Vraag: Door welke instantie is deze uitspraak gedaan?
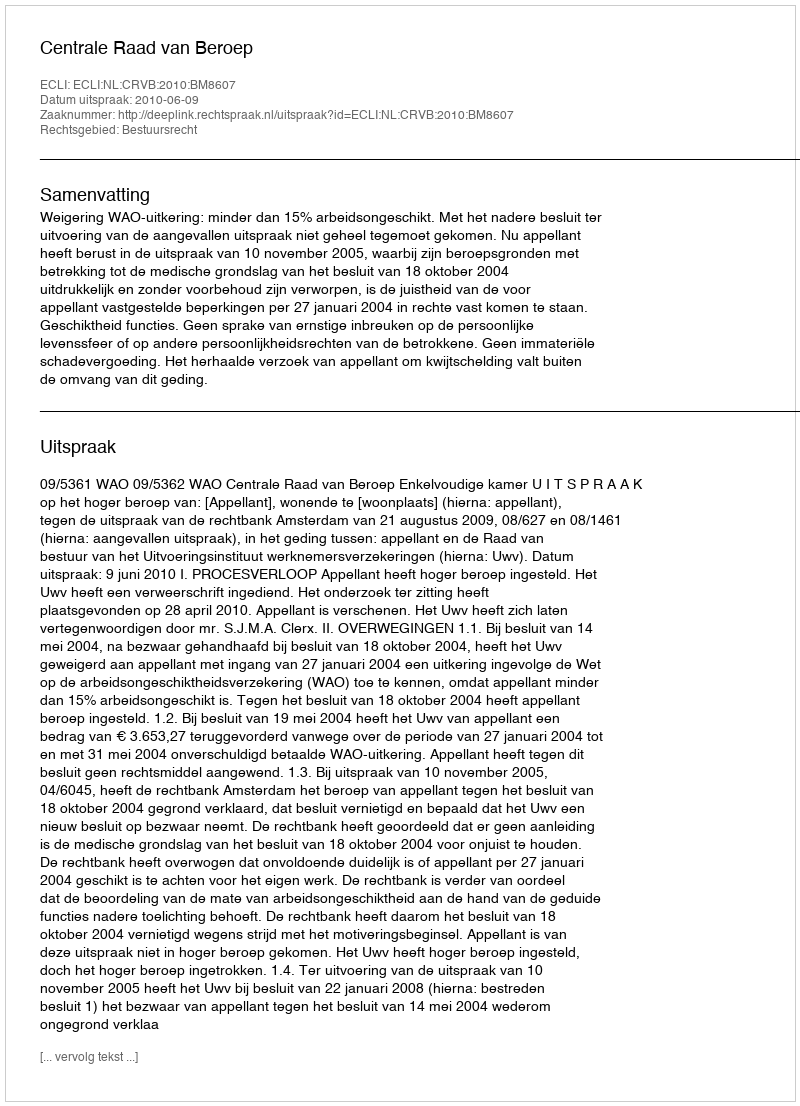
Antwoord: Centrale Raad van Beroep